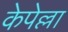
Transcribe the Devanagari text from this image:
केपेल्ला